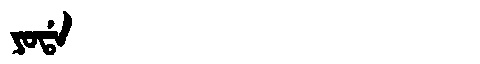
Manchu: ᠶᠣᡩᠠ
Romanization: YODA